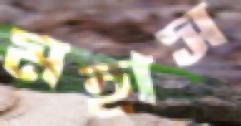
মহাস